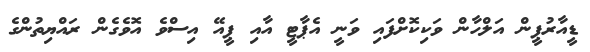
ޑީއާރުޕީން އަލްހާން ވަކިކޮށްފައި ވަނީ އެޕާޓީ އާއި ޕީއޭ އިސްވެ އޮވެގެން ރައްޔިތުންގެ